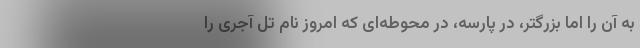
به آن را اما بزرگتر، در پارسه، در محوطه‌ای که امروز نام تل آجری را